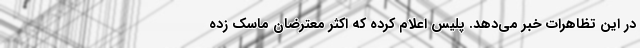
در این تظاهرات خبر می‌دهد. پلیس اعلام کرده که اکثر معترضان ماسک زده